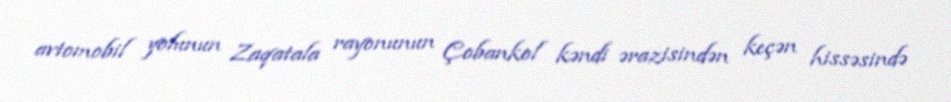
avtomobil yolunun Zaqatala rayonunun Çobankol kəndi ərazisindən keçən hissəsində